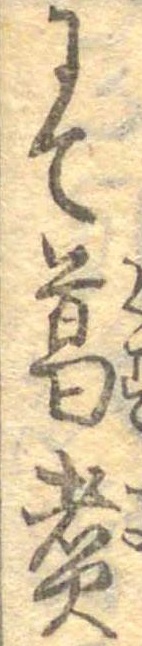
にて葛煮